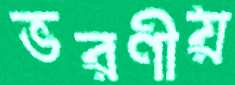
ভরণীয়